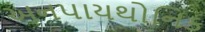
અનપાયથોનિક